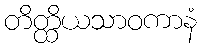
တိတ္ထိယသာဝကာနံ